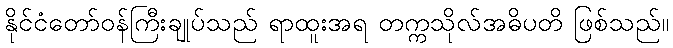
နိုင်ငံတော်ဝန်ကြီးချုပ်သည် ရာထူးအရ တက္ကသိုလ်အဓိပတိ ဖြစ်သည်။